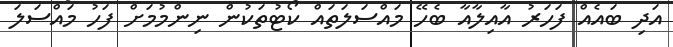
އަދި ބައެއް ފަހަރު އާއިލާއާ ބެހޭ މައްސަލަތައް ކޯޓުތަކުން ނިންމުމަށް ފަހު މައްސަލަ